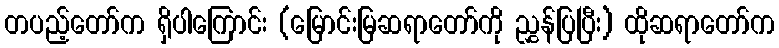
တပည့်တော်က ရှိပါကြောင်း (မြောင်းမြဆရာတော်ကို ညွှန်ပြပြီး) ထိုဆရာတော်က